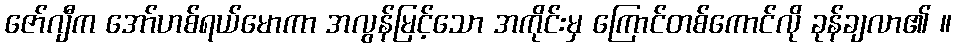
ဇော်ဂျီက အော်ဟစ်ရယ်မောကာ အလွန်မြင့်သော အကိုင်းမှ ကြောင်တစ်ကောင်လို ခုန်ချလာ၏ ။